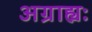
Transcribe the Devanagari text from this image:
अग्राह्यः